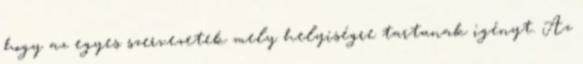
hogy az egyes szervezetek mely helyiségre tartanak igényt. Az